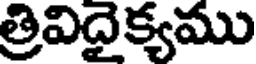
త్రివిదైక్యము